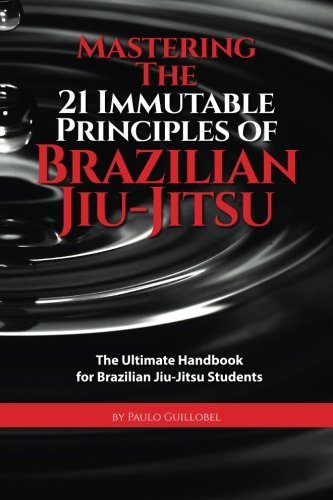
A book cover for Mastering The 21 Immutable Principles Of Brazilian Jiu-Jitsu: The Ultimate Handbook for Brazilian Jiu-Jitsu Students; Paulo Guillobel; Sports & Outdoors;